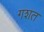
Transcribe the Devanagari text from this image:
गशत